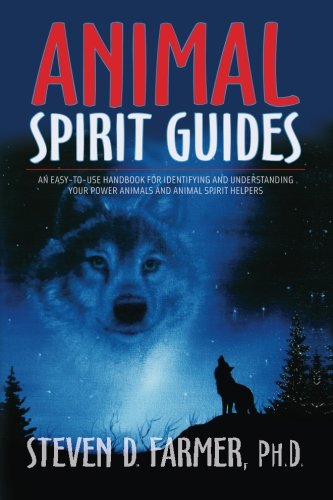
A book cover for Animal Spirit Guides: An Easy-to-Use Handbook for Identifying and Understanding Your Power Animals and Animal Spirit Helpers; Steven D. Farmer; Science & Math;